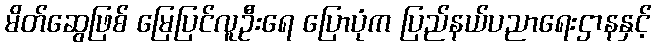
မိတ်ဆွေဖြစ် မြေပြင်လူဦးရေ ပြောပုံက ပြည်နယ်ပညာရေးဌာနနှင့်